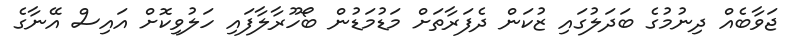
ޖަވާބެއް ދިނުމުގެ ބަދަލުގައި ޒުކަން ދެފަރާތަށް މަޑުމަޑުން ބޯހޫރާލާފައި ހަލުވިކޮށް އައިސް އޭނާގެ